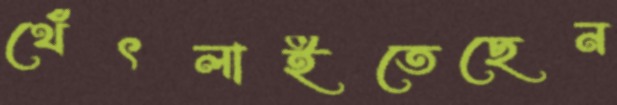
থেঁৎলাইতেছেন